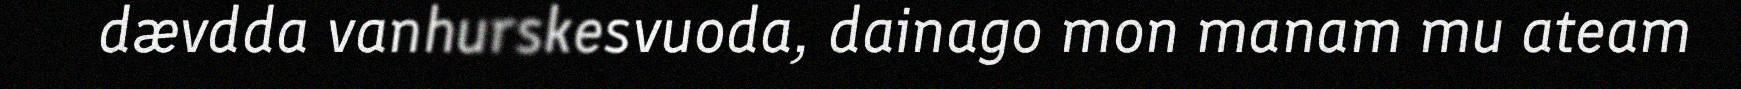
dævdda vanhurskesvuoda, dainago mon manam mu ateam